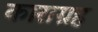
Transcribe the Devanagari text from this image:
काराग्रह